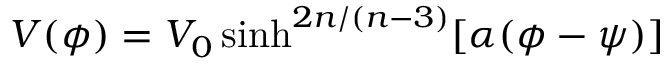
V ( \phi ) = V _ { 0 } \sinh ^ { 2 n / ( n - 3 ) } [ \alpha ( \phi - \psi ) ]